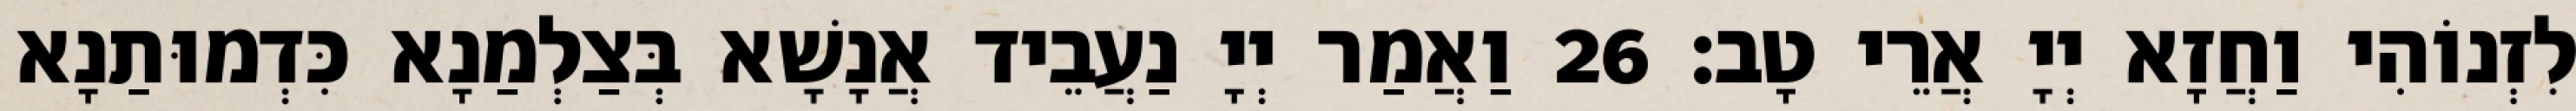
לִזְנוֹהִי וַחֲזָא יְיָ אֲרֵי טָב׃ 26 וַאֲמַר יְיָ נַעֲבֵיד אֲנָשָׁא בְּצַלְמַנָא כִּדְמוּתַנָא